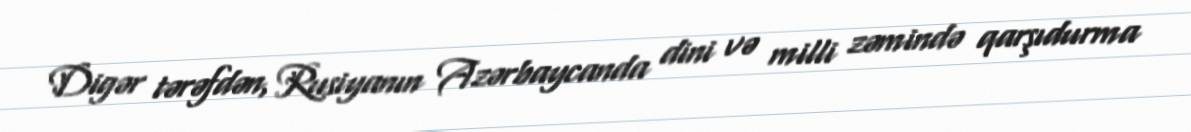
Digər tərəfdən, Rusiyanın Azərbaycanda dini və milli zəmində qarşıdurma